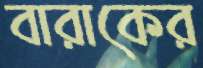
বারাকের